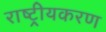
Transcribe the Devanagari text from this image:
राष्‍ट्रीयकरण